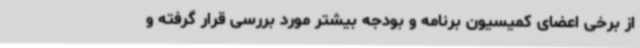
از برخی اعضای کمیسیون برنامه و بودجه بیشتر مورد بررسی قرار گرفته و